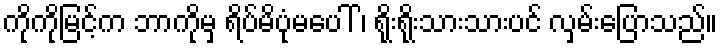
ကိုကိုမြင့်က ဘာကိုမှ ရိပ်မိပုံမပေါ် ၊ ရိုးရိုးသားသားပင် လှမ်းပြောသည်။